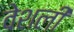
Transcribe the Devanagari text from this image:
वेशली